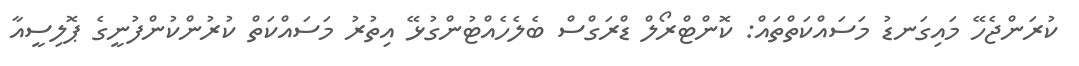
ކުރަންޖެހޭ މައިގަނޑު މަސައްކަތްތައް: ކޮންޓްރޯލް ޑްރަގްސް ބެލެހެއްޓުންގުޅޭ އިތުރު މަސައްކަތް ކުރުންކުންފުނީގެ ޕޮލިސީއާ